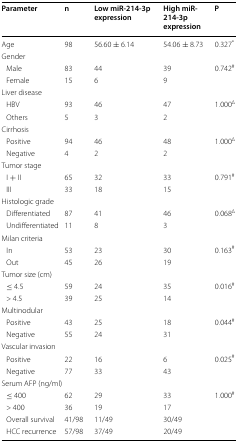
| Parameter | n | Low miR-214-3p expression | High miR-214-3p expression | P |
 | --- | --- | --- | --- | --- |
 | Age | 98 | 56.60 ± 6.14 | 54.06 ± 8.73 | 0.327* |
 | <COLSPAN=5> Gender |
 | Male | 83 | 44 | 39 | 0.742# |
 | Female | 15 | 6 | 9 |  |
 | <COLSPAN=5> Liver disease |
 | HBV | 93 | 46 | 47 | 1.000∆ |
 | Others | 5 | 3 | 2 |  |
 | <COLSPAN=5> Cirrhosis |
 | Positive | 94 | 46 | 48 | 1.000∆ |
 | Negative | 4 | 2 | 2 |  |
 | <COLSPAN=5> Tumor stage |
 | I + II | 65 | 32 | 33 | 0.791# |
 | III | 33 | 18 | 15 |  |
 | <COLSPAN=5> Histologic grade |
 | Differentiated | 87 | 41 | 46 | 0.068∆ |
 | Undifferentiated | 11 | 8 | 3 |  |
 | <COLSPAN=5> Milan criteria |
 | In | 53 | 23 | 30 | 0.163# |
 | Out | 45 | 26 | 19 |  |
 | <COLSPAN=5> Tumor size (cm) |
 | ≤ 4.5 | 59 | 24 | 35 | 0.016# |
 | > 4.5 | 39 | 25 | 14 |  |
 | <COLSPAN=5> Multinodular |
 | Positive | 43 | 25 | 18 | 0.044# |
 | Negative | 55 | 24 | 31 |  |
 | <COLSPAN=5> Vascular invasion |
 | Positive | 22 | 16 | 6 | 0.025# |
 | Negative | 77 | 33 | 43 |  |
 | <COLSPAN=5> Serum AFP (ng/ml) |
 | ≤ 400 | 62 | 29 | 33 | 1.000# |
 | > 400 | 36 | 19 | 17 |  |
 | Overall survival | 41/98 | 11/49 | 30/49 |  |
 | HCC recurrence | 57/98 | 37/49 | 20/49 |  |